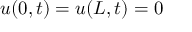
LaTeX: u ( 0 , t ) = u ( L , t ) = 0